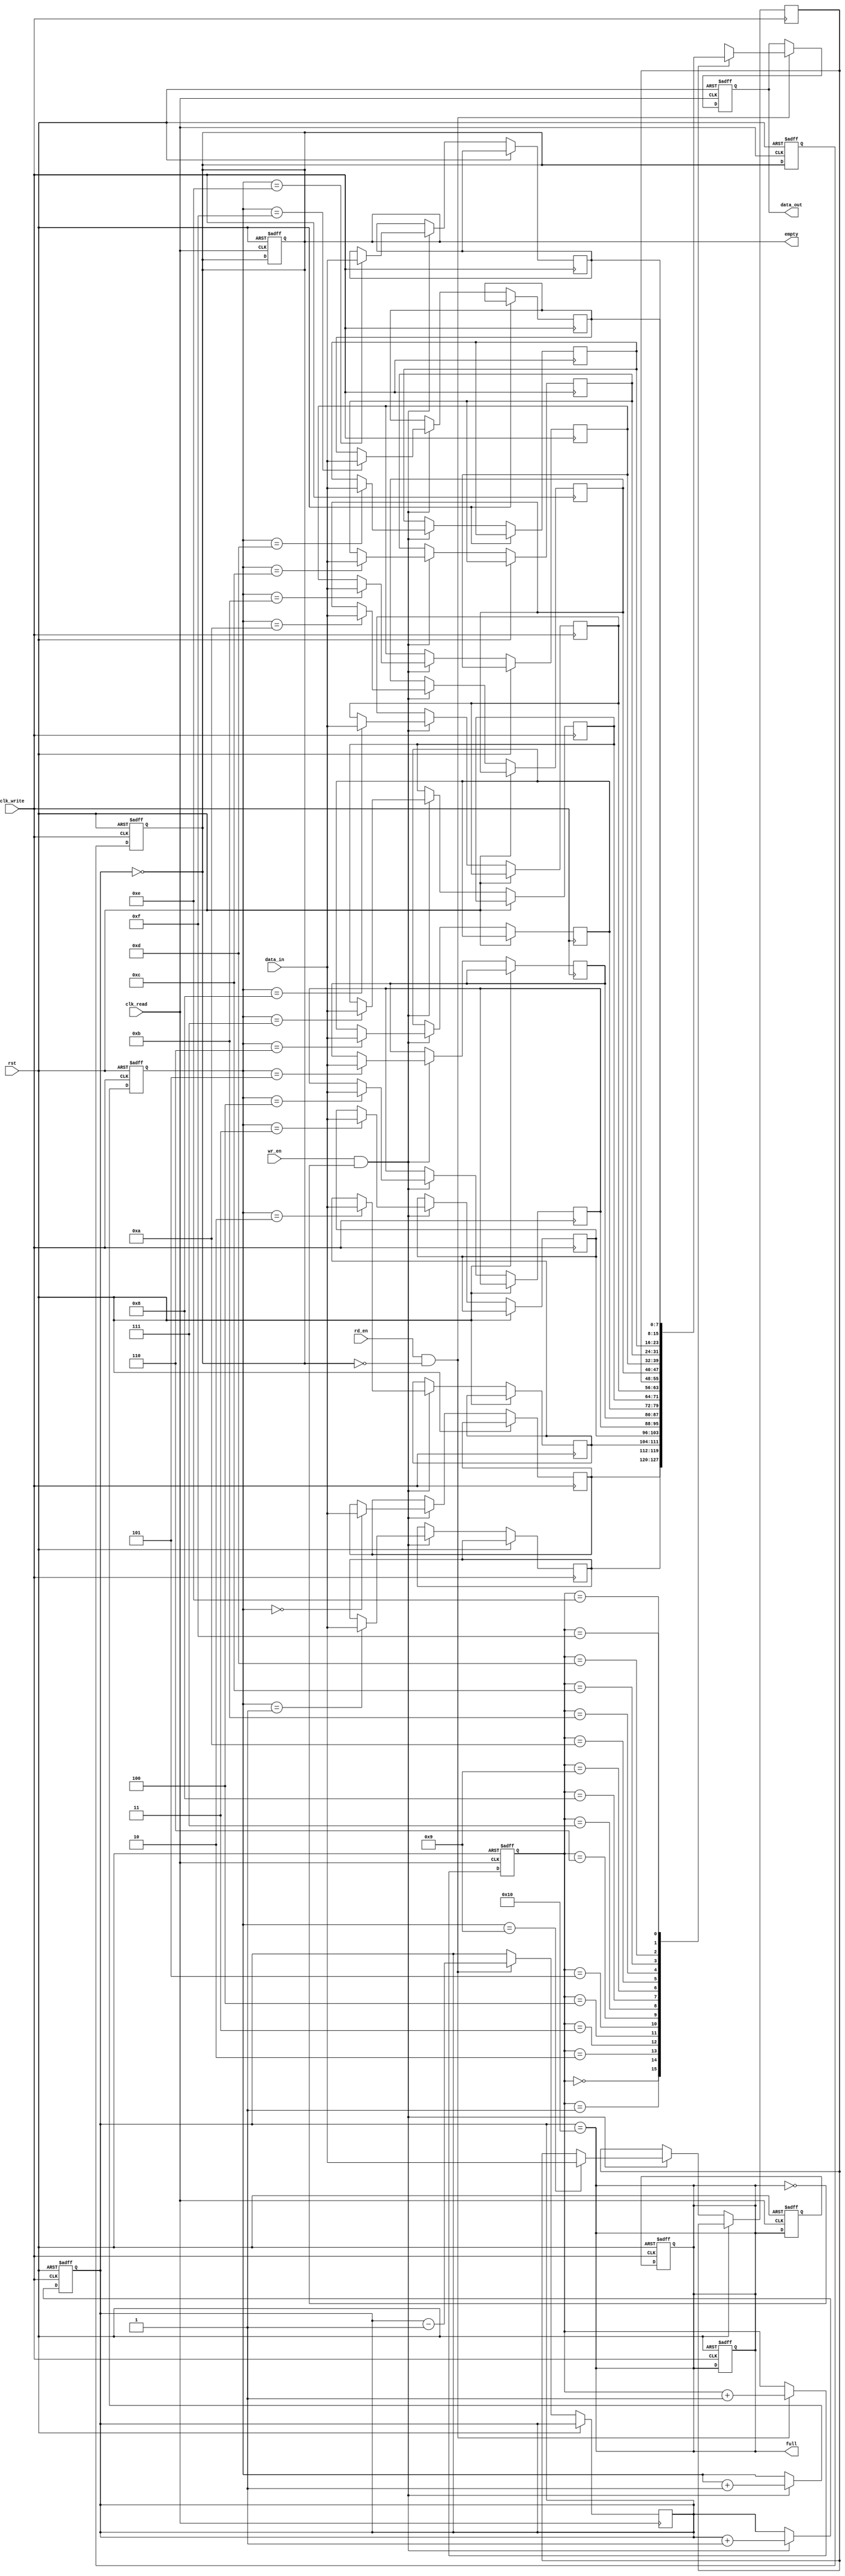
module dual_clock_fifo #(
    parameter DATA_WIDTH = 8,  // Width of the data
    parameter FIFO_DEPTH = 16   // Depth of the FIFO (must be a power of 2)
)(
    input wire clk_write,       // Write clock
    input wire clk_read,        // Read clock
    input wire rst,             // Asynchronous reset
    input wire wr_en,           // Write enable
    input wire rd_en,           // Read enable
    input wire [DATA_WIDTH-1:0] data_in, // Data input
    output reg [DATA_WIDTH-1:0] data_out, // Data output
    output reg full,            // FIFO full flag
    output reg empty            // FIFO empty flag
);
  
    // Memory array
    reg [DATA_WIDTH-1:0] fifo_mem [0:FIFO_DEPTH-1];
    
    // Pointers
    reg [$clog2(FIFO_DEPTH)-1:0] w_ptr; // Write pointer
    reg [$clog2(FIFO_DEPTH)-1:0] r_ptr; // Read pointer
    reg [$clog2(FIFO_DEPTH):0] count;    // Count of elements in FIFO

    // Synchronizers for empty and full flags
    reg empty_sync, full_sync;

    // Asynchronous reset
    always @(posedge clk_write or posedge rst) begin
        if (rst) begin
            w_ptr <= 0;
            count <= 0;
            full <= 0;
        end else if (wr_en && !full) begin
            fifo_mem[w_ptr] <= data_in;
            w_ptr <= w_ptr + 1'b1;
            count <= count + 1'b1;
        end
    end

    always @(posedge clk_read or posedge rst) begin
        if (rst) begin
            r_ptr <= 0;
            data_out <= 0;
            empty <= 1;
        end else if (rd_en && !empty) begin
            data_out <= fifo_mem[r_ptr];
            r_ptr <= r_ptr + 1'b1;
            count <= count - 1'b1;
        end
    end

    // Full and empty flag logic
    always @* begin
        full = (count == FIFO_DEPTH);
        empty = (count == 0);
    end
    
    // Synchronizers for full and empty signals
    always @(posedge clk_read or posedge rst) begin
        if (rst) begin
            full_sync <= 0;
            empty_sync <= 1;
        end else begin
            full_sync <= full;
            empty_sync <= empty;
        end
    end

    always @(posedge clk_write or posedge rst) begin
        if (rst) begin
            full <= 0;
            empty <= 1;
        end else begin
            full <= full_sync;
            empty <= empty_sync;
        end
    end

endmodule